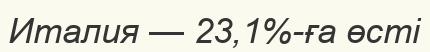
Италия — 23,1%-ға өсті